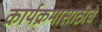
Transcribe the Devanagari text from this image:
कार्यक्रमासाठीचे